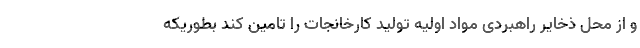
و از محل ذخایر راهبردی مواد اولیه تولید کارخانجات را تامین کند بطوریکه